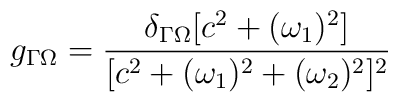
g_{\Gamma \Omega} = {\delta_{\Gamma\Omega}[c^2 + (\omega_1)^2]\over [c^2 + (\omega_1)^2 +(\omega_2)^2]^2}